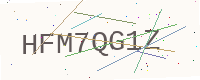
Text: HFM7QG1Z